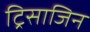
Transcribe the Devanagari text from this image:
ट्रिसाजिन